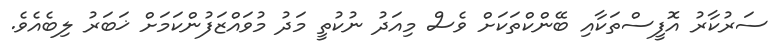
ސަރުކާރު އޮފީސްތަކާއި ބޭންކްތަކަށް ވެސް މިއަދު ނުކުތީ މަދު މުވައްޒަފުންކަމަށް ޚަބަރު ލިބެއެވެ.